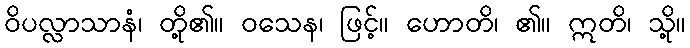
ဝိပလ္လာသာနံ၊ တို့၏။ ဝသေန၊ ဖြင့်။ ဟောတိ၊ ၏။ ဣတိ၊ သို့။